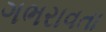
ગભરાવતા